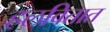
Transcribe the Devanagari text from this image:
हलवितात